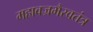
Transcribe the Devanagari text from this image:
महावज्रभैरवतंत्र